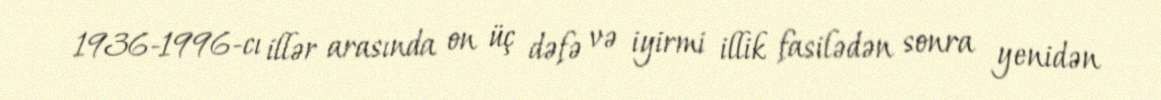
1936-1996-cı illər arasında on üç dəfə və iyirmi illik fasilədən sonra yenidən